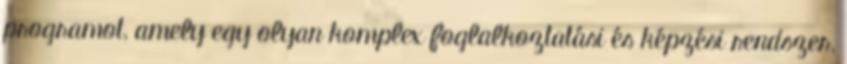
programot, amely egy olyan komplex foglalkoztatási és képzési rendszer,